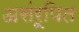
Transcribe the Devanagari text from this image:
असंरूपित